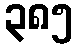
၃၈၅